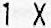
1 X